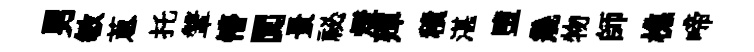
男敏蔥托鞶懵闃景祕燈殫積湛墮幾物師樵啼